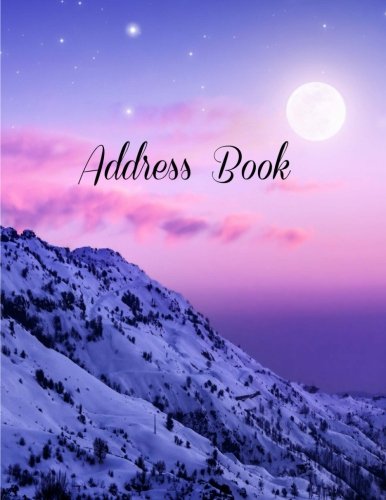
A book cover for Address Book (Jumbo Address Books (Nature Collection) ) (Volume 12); Creative Planner; Business & Money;